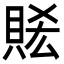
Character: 𧵧